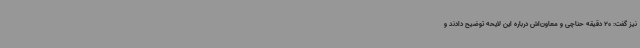
نیز گفت: 20 دقیقه حناچی و معاون‌اش درباره این لایحه توضیح دادند و